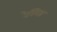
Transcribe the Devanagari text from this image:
रेस्लिङ